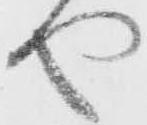
や